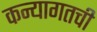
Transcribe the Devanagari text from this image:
कन्यागतची